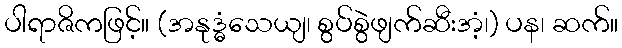
ပါရာဇိကဖြင့်။ (အနုဒ္ဓံသေယျ၊ စွပ်စွဲဖျက်ဆီးအံ့၊) ပန၊ ဆက်။